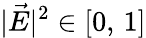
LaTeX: |\vec{E}|^{2}\in[0,\, 1]